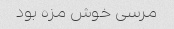
مرسی خوش مزه بود